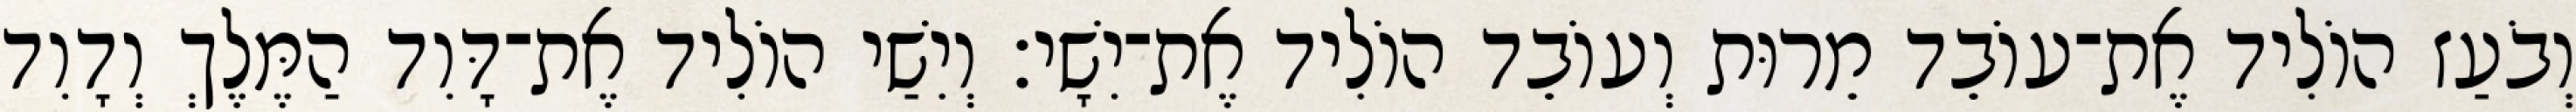
וְבֹעַז הוֹלִיד אֶת־עוֹבֵד מֵרוּת וְעוֹבֵד הוֹלִיד אֶת־יִשָׁי׃ וְיִשַׁי הוֹלִיד אֶת־דָּוִד הַמֶּלֶךְ וְדָוִד